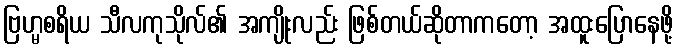
ဗြဟ္မစရိယ သီလကုသိုလ်၏ အကျိုးလည်း ဖြစ်တယ်ဆိုတာကတော့ အထူးပြောနေဖို့